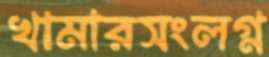
খামারসংলগ্ন